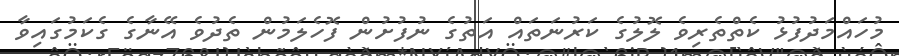
މުހައްމަދުފުޅު ކެތްތެރިވެ ލޮލުގެ ކަރުނަތައް އަތުގެ ނުފުށުން ފޮހެލަމުން ތެދުވެ އޭނާގެ ގެކަމުގައިވާ